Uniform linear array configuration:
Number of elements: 64
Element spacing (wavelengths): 1
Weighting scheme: cosine
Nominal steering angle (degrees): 0
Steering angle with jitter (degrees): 0.621
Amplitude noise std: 0.05
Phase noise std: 0.05

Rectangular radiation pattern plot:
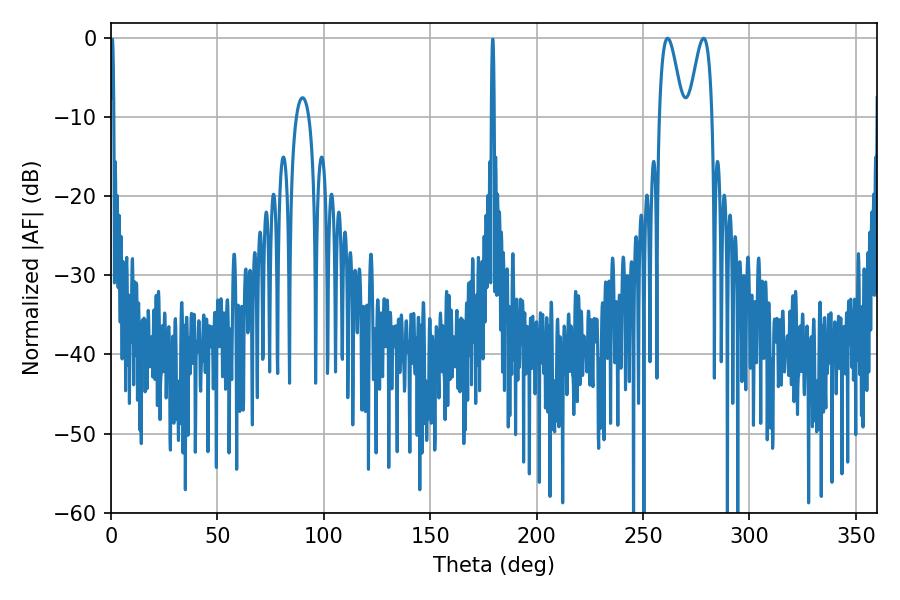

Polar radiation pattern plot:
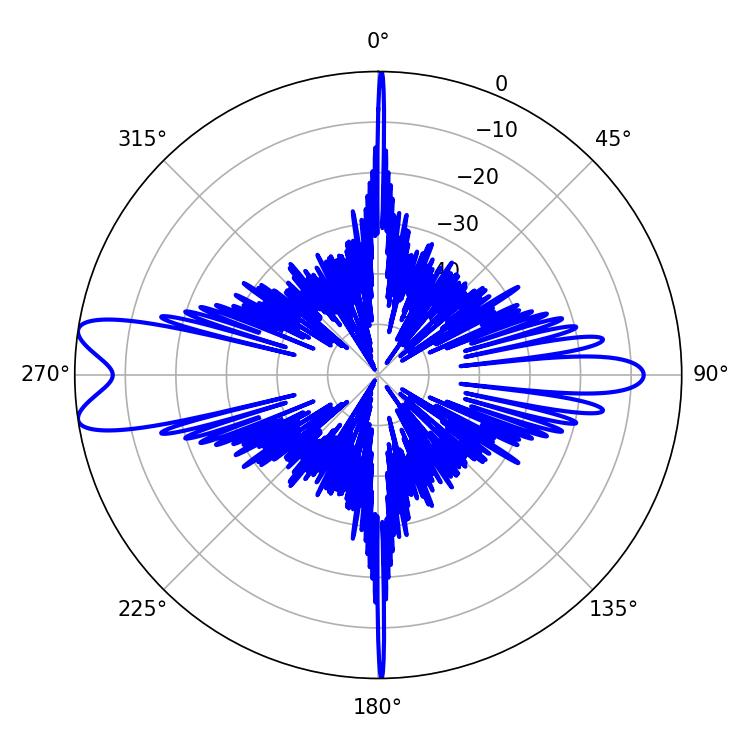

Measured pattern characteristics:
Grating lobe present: TRUE
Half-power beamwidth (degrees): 5.76
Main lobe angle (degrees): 261.54